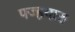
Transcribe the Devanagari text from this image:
पज्हयारु